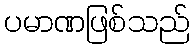
ပမာဏဖြစ်သည်